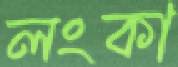
লংকা